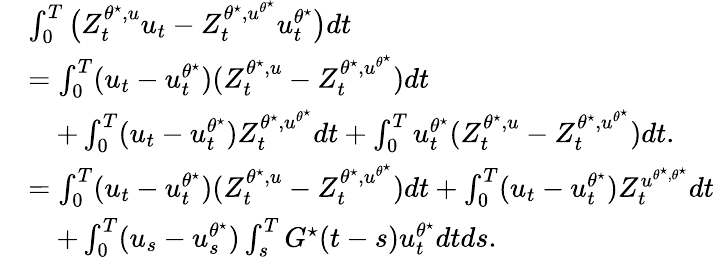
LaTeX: \begin{array}{rl}&{\int_{0}^{T}\big(Z_{t}^{\theta^{\star},u}u_{t}-Z_{t}^{\theta^{\star},u^{\theta^{\star}}}u_{t}^{\theta^{\star}}\big)dt}\\ &{=\int_{0}^{T}(u_{t}-u_{t}^{\theta^{\star}})(Z_{t}^{\theta^{\star},u}-Z_{t}^{\theta^{\star},u^{\theta^{\star}}})dt}\\ &{\quad+\int_{0}^{T}(u_{t}-u_{t}^{\theta^{\star}})Z_{t}^{\theta^{\star},u^{\theta^{\star}}}dt+\int_{0}^{T}u_{t}^{\theta^{\star}}(Z_{t}^{\theta^{\star},u}-Z_{t}^{\theta^{\star},u^{\theta^{\star}}})dt.}\\ &{=\int_{0}^{T}(u_{t}-u_{t}^{\theta^{\star}})(Z_{t}^{\theta^{\star},u}-Z_{t}^{{\theta^{\star},u^{\theta^{\star}}}})dt+\int_{0}^{T}(u_{t}-u_{t}^{\theta^{\star}})Z_{t}^{{u^{\theta^{\star},\theta^{\star}}}}dt}\\ &{\quad+\int_{0}^{T}(u_{s}-u_{s}^{\theta^{\star}})\int_{s}^{T}G^{\star}(t-s)u_{t}^{\theta^{\star}}dtds.}\end{array}